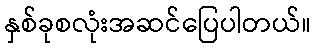
နှစ်ခုစလုံးအဆင်ပြေပါတယ်။